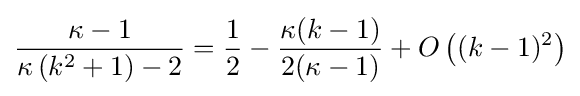
{\frac {\kappa -1}{\kappa \left(k^{2}+1\right)-2}}={\frac {1}{2}}-{\frac {\kappa (k-1)}{2(\kappa -1)}}+O\left((k-1)^{2}\right)